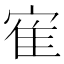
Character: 寉